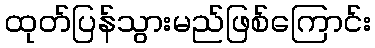
ထုတ်ပြန်သွားမည်ဖြစ်ကြောင်း